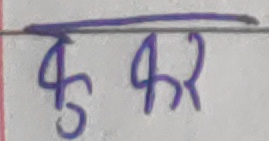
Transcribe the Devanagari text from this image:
कृ कर